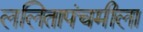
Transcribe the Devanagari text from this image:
ललितापंचमीला